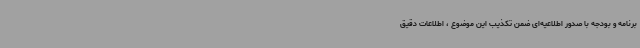
برنامه و بودجه با صدور اطلاعیه‌ای ضمن تکذیب این موضوع ، اطلاعات دقیق